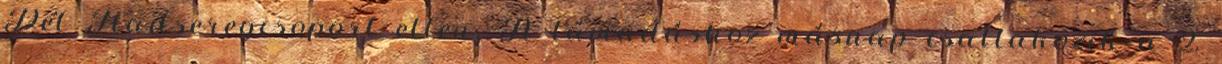
Dél Hadseregcsoport ellen. A támadáshoz másnap csatlakozik a 2.